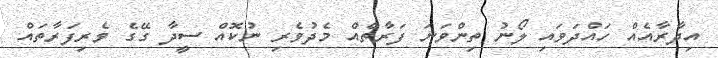
އިދާރާއެއް ހައްދަވައި ލޯނު ތިންވަނަ ފަރާތެއް މެދުވެރި ނުކޮއް ސީދާ ގޭގެ ވެރިފަރާތައް